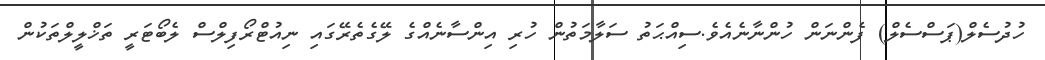
ހުދުސެލް(ޕަސްސެލް) ފެންނަން ހުންނާނެއެވެ.ސިއްޙަތު ސަލާމަތުން ހުރި އިންސާނެއްގެ ލޭގެތެރޭގައި ނިއުޓްރޯފިލްސް ލެބޯޓަރީ ތަޚްލީލްތަކުން